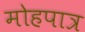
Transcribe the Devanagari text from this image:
मोहपात्र